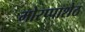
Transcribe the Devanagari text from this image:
मोरप्पाशेठ